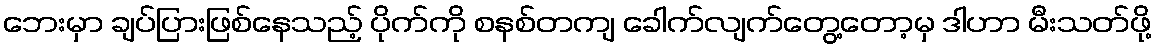
ဘေးမှာ ချပ်ပြားဖြစ်နေသည့် ပိုက်ကို စနစ်တကျ ခေါက်လျက်တွေ့တော့မှ ဒါဟာ မီးသတ်ဖို့